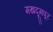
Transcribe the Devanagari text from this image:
मखदूमपूर